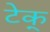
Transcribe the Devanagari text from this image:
टेक्